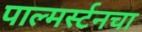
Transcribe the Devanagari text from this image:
पाल्मर्स्टनचा